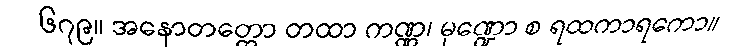
၆၇၉။ အနောတတ္တော တထာ ကဏ္ဏ၊ မုဏ္ဍော စ ရထကာရကော။